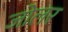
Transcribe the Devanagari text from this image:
जोलर